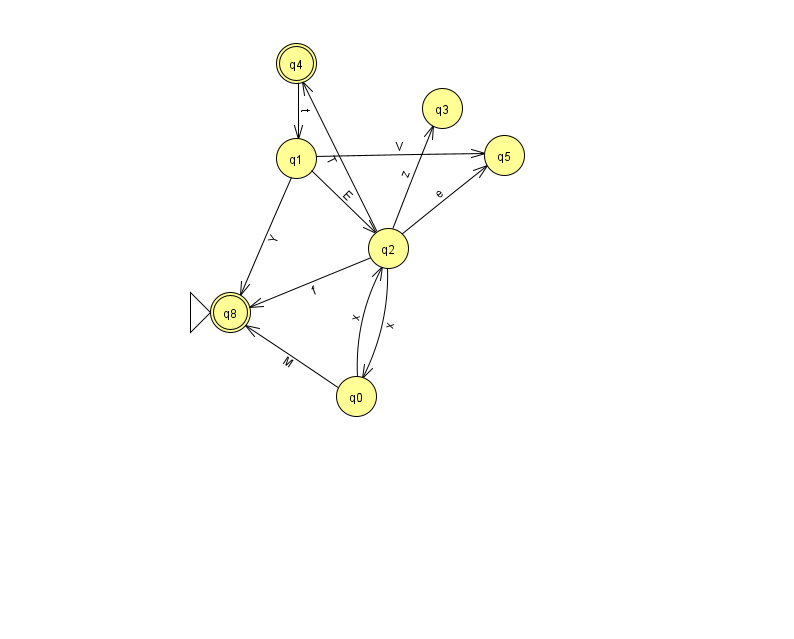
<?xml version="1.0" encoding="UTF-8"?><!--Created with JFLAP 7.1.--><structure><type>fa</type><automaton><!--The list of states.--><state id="0" name="q0"><x>356.0</x><y>383.0</y></state><state id="1" name="q1"><x>296.0</x><y>145.0</y></state><state id="2" name="q2"><x>388.0</x><y>235.0</y></state><state id="3" name="q3"><x>442.0</x><y>95.0</y></state><state id="4" name="q4"><x>296.0</x><y>50.0</y><final/></state><state id="5" name="q5"><x>504.0</x><y>142.0</y></state><state id="8" name="q8"><x>230.0</x><y>299.0</y><initial/><final/></state><!--The list of transitions.--><transition><from>1</from><to>5</to><read>V</read></transition><transition><from>2</from><to>5</to><read>e</read></transition><transition><from>0</from><to>2</to><read>x</read></transition><transition><from>2</from><to>0</to><read>x</read></transition><transition><from>2</from><to>3</to><read>z</read></transition><transition><from>0</from><to>8</to><read>M</read></transition><transition><from>2</from><to>8</to><read>f</read></transition><transition><from>1</from><to>2</to><read>E</read></transition><transition><from>1</from><to>8</to><read>Y</read></transition><transition><from>2</from><to>4</to><read>T</read></transition><transition><from>4</from><to>1</to><read>t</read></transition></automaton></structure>